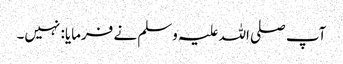
آپ صلی اللہ علیہ وسلم نے فرمایا: نہیں۔